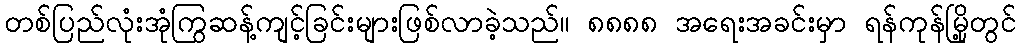
တစ်ပြည်လုံးအုံကြွဆန့်ကျင့်ခြင်းများဖြစ်လာခဲ့သည်။ ၈၈၈၈ အရေးအခင်းမှာ ရန်ကုန်မြို့တွင်